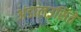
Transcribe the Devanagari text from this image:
अंडालउसिते